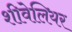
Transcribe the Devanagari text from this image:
शीवेलियर